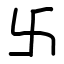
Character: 卐